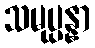
သမုပ္ပန္နာ